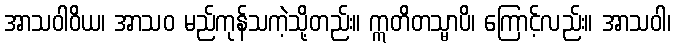
အာသဝါဝိယ၊ အာသဝ မည်ကုန်သကဲ့သို့တည်း။ ဣတိတသ္မာပိ၊ ကြောင့်လည်း။ အာသဝါ၊